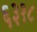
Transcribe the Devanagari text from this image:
६३१८